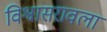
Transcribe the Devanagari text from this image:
विश्वासरावला